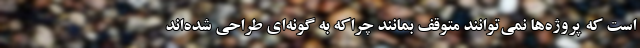
است که پروژه‌ها نمی‌توانند متوقف بمانند چراکه به گونه‌ای طراحی شده‌اند